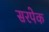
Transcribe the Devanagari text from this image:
सरपेक